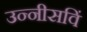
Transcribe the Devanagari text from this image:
उन्नीसविं